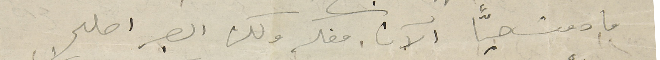
ما دمت حيّاً الآن. مفكر ولكن الصبر اصلح